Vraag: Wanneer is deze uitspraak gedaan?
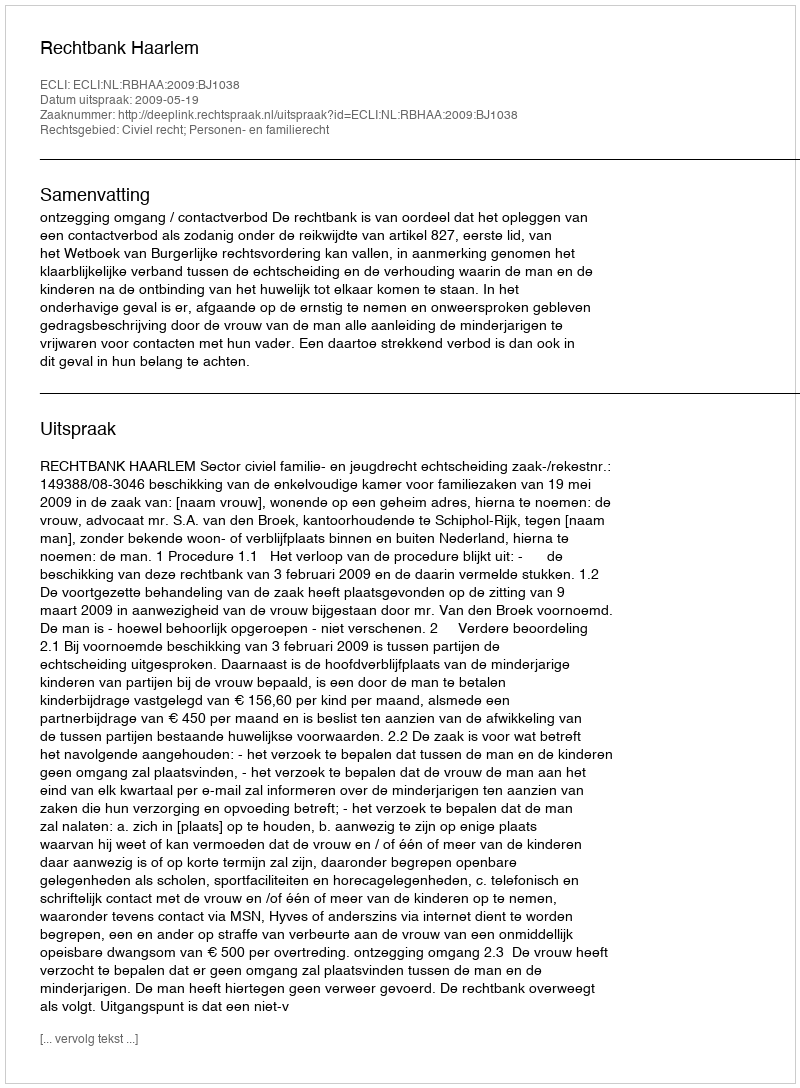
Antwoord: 2009-05-19